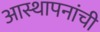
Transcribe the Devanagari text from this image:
आस्थापनांची